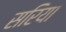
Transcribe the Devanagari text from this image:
सरिया